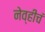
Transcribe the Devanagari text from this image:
नेव्हीचं